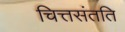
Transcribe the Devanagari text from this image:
चित्तसंतति